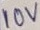
Text: 10V